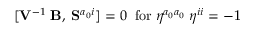
[ { \bf V } ^ { - 1 } \; { \bf B } , \; { \bf S } ^ { a _ { 0 } i } ] = 0 \; \; \mathrm { f o r } \; \eta ^ { a _ { 0 } a _ { 0 } } \; \eta ^ { i i } = - 1